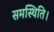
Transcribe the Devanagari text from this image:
समस्थिति।